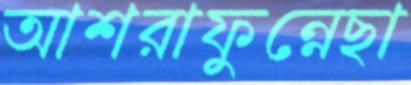
আশরাফুন্নেছা